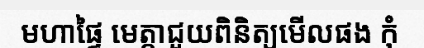
មហាផ្ទៃ មេត្តាជួយពិនិត្យមើលផង កុំ